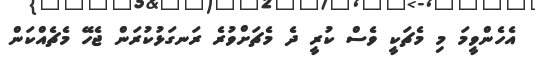
އެހެންވީމަ މި މެޗަކީ ވެސް ކުރީ ދެ މެޗަށްވުރެ ރަނގަޅުކުރަން ޖެހޭ މެޗެއްކަން